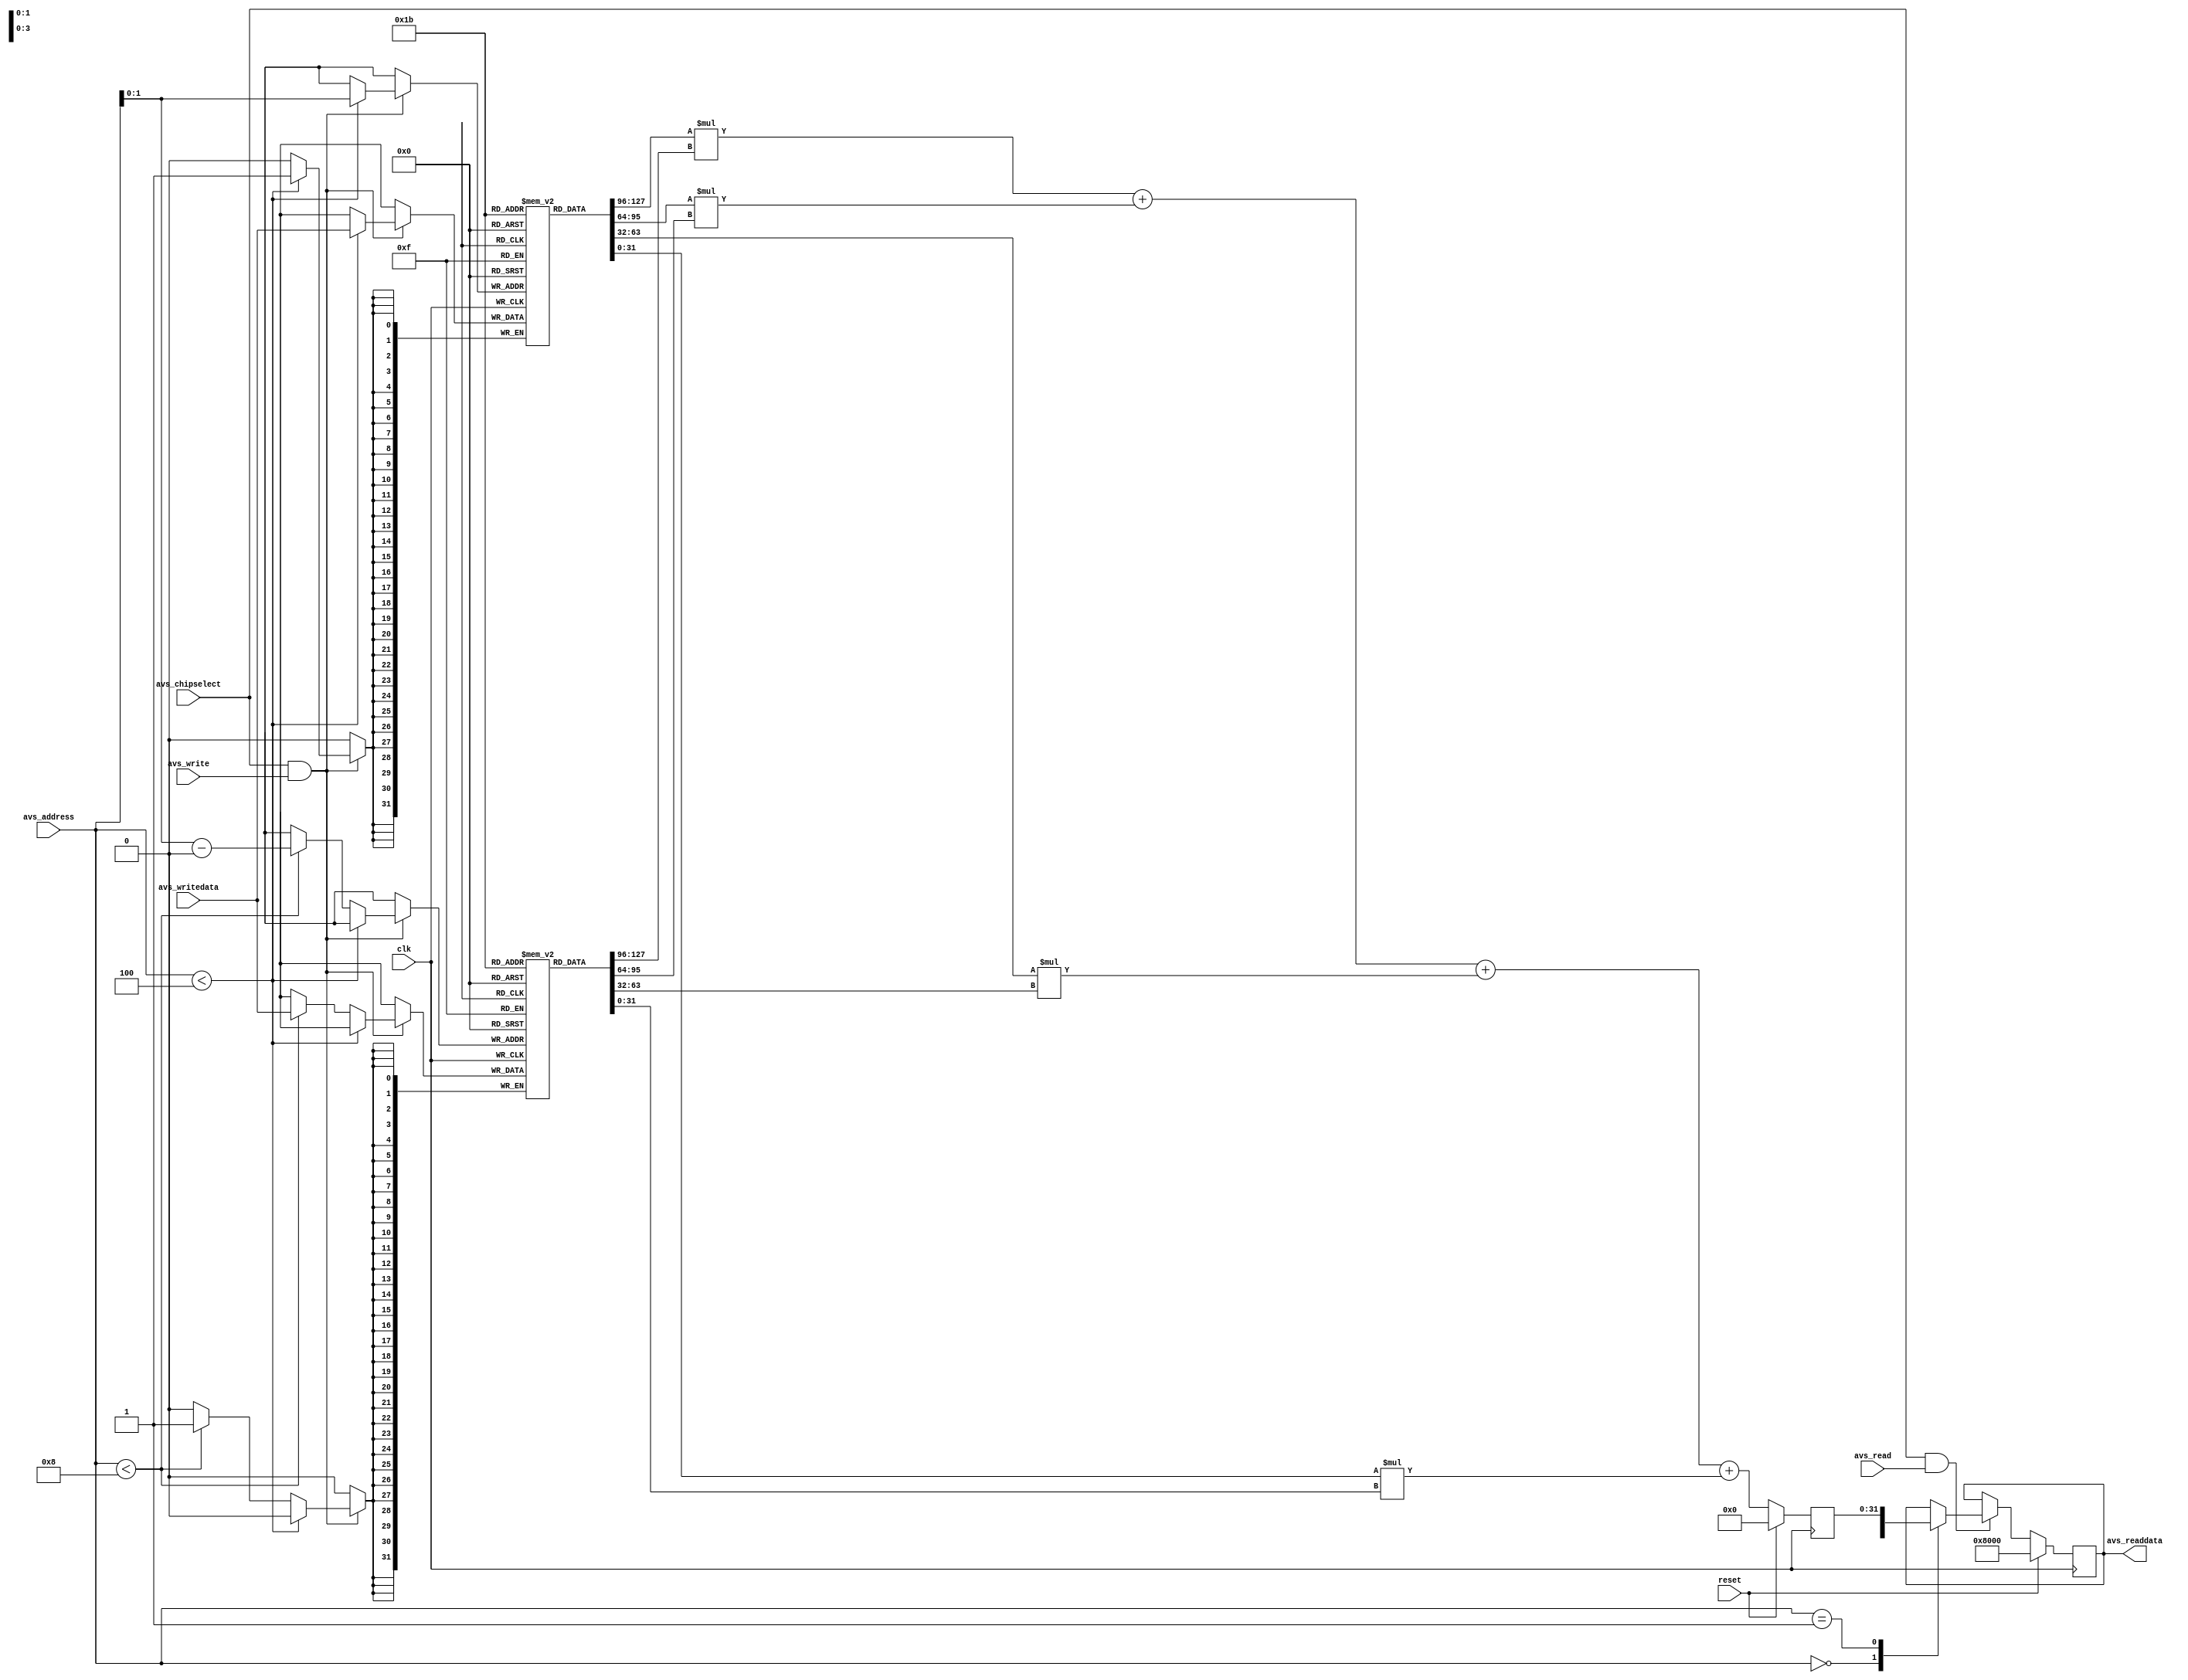
module mac(
    clk,
    reset,
    // mm slave
    avs_chipselect,
    avs_read,
    avs_write,
    avs_readdata,
    avs_writedata,
    avs_address
);


// global clock & reset
input    clk;
input    reset;
// mm slave
input              avs_chipselect;
input              avs_read;
input              avs_write;
output reg [31:0]  avs_readdata;
input  [31:0]      avs_writedata;
input  [16:0]      avs_address;

////////////////////////////////////////////////////////////////////////
// registers
reg [31:0] vector_a[3:0];
reg [31:0] vector_b[3:0];
reg [31:0] dot_product;
reg [31:0] ctrl_reg;
////////////////////////////////////////////////////////////////////////
// mm mater read
always @ (posedge clk)
begin
   if (reset) 
       avs_readdata <= {16'b0,1'b1,15'b0};
    else if (avs_chipselect & avs_read)
    begin
        case(avs_address) 
            0: avs_readdata <= ctrl_reg;
            1: avs_readdata <= dot_product;
            default:$display("Error"); 
        endcase
    end
end
  
/////////////////////////////////////////////////////////////////////////
// mm mater write
always @ (posedge clk)
begin
   if(avs_chipselect & avs_write) begin
       if      (avs_address < 4)  vector_a[avs_address    ] <= avs_writedata[31:0];
       else if (avs_address < 8)  vector_b[avs_address - 4] <= avs_writedata[31:0];
       end
end

always @ (posedge clk)
begin
   if (reset) 
      dot_product <= 0;
   else
      dot_product <= vector_a[0] * vector_b[0] 
                   + vector_a[1] * vector_b[1] 
                   + vector_a[2] * vector_b[2] 
                   + vector_a[3] * vector_b[3]; 
end

endmodule